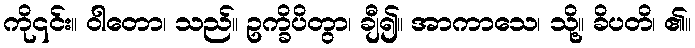
ကို၎င်း။ ဝါတော၊ သည်။ ဥက္ခိပိတွာ၊ ချီ၍။ အာကာသေ၊ သို့။ ခိပတိ၊ ၏။